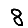
Digit: 8